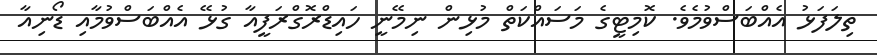
ތިލަފަޅު އެއްބަސްވުމެވެ. ކޮމިޓީގެ މަސައްކަތް މުުޅިން ނިމޭނީ ހައިޑްރޮގްރަފީއާ ގުޅޭ އެއްބަސްވުމާއި ޑޯނިއާ